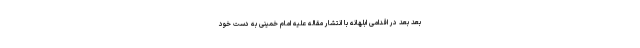
بعد بعد در اقدامی ابلهانه با انتشار مقاله علیه امام خمینی به دست خود